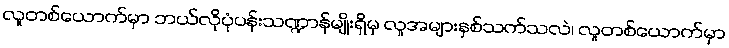
လူတစ်ယောက်မှာ ဘယ်လိုပုံပန်းသဏ္ဍာန်မျိုးရှိမှ လူအများနှစ်သက်သလဲ၊ လူတစ်ယောက်မှာ